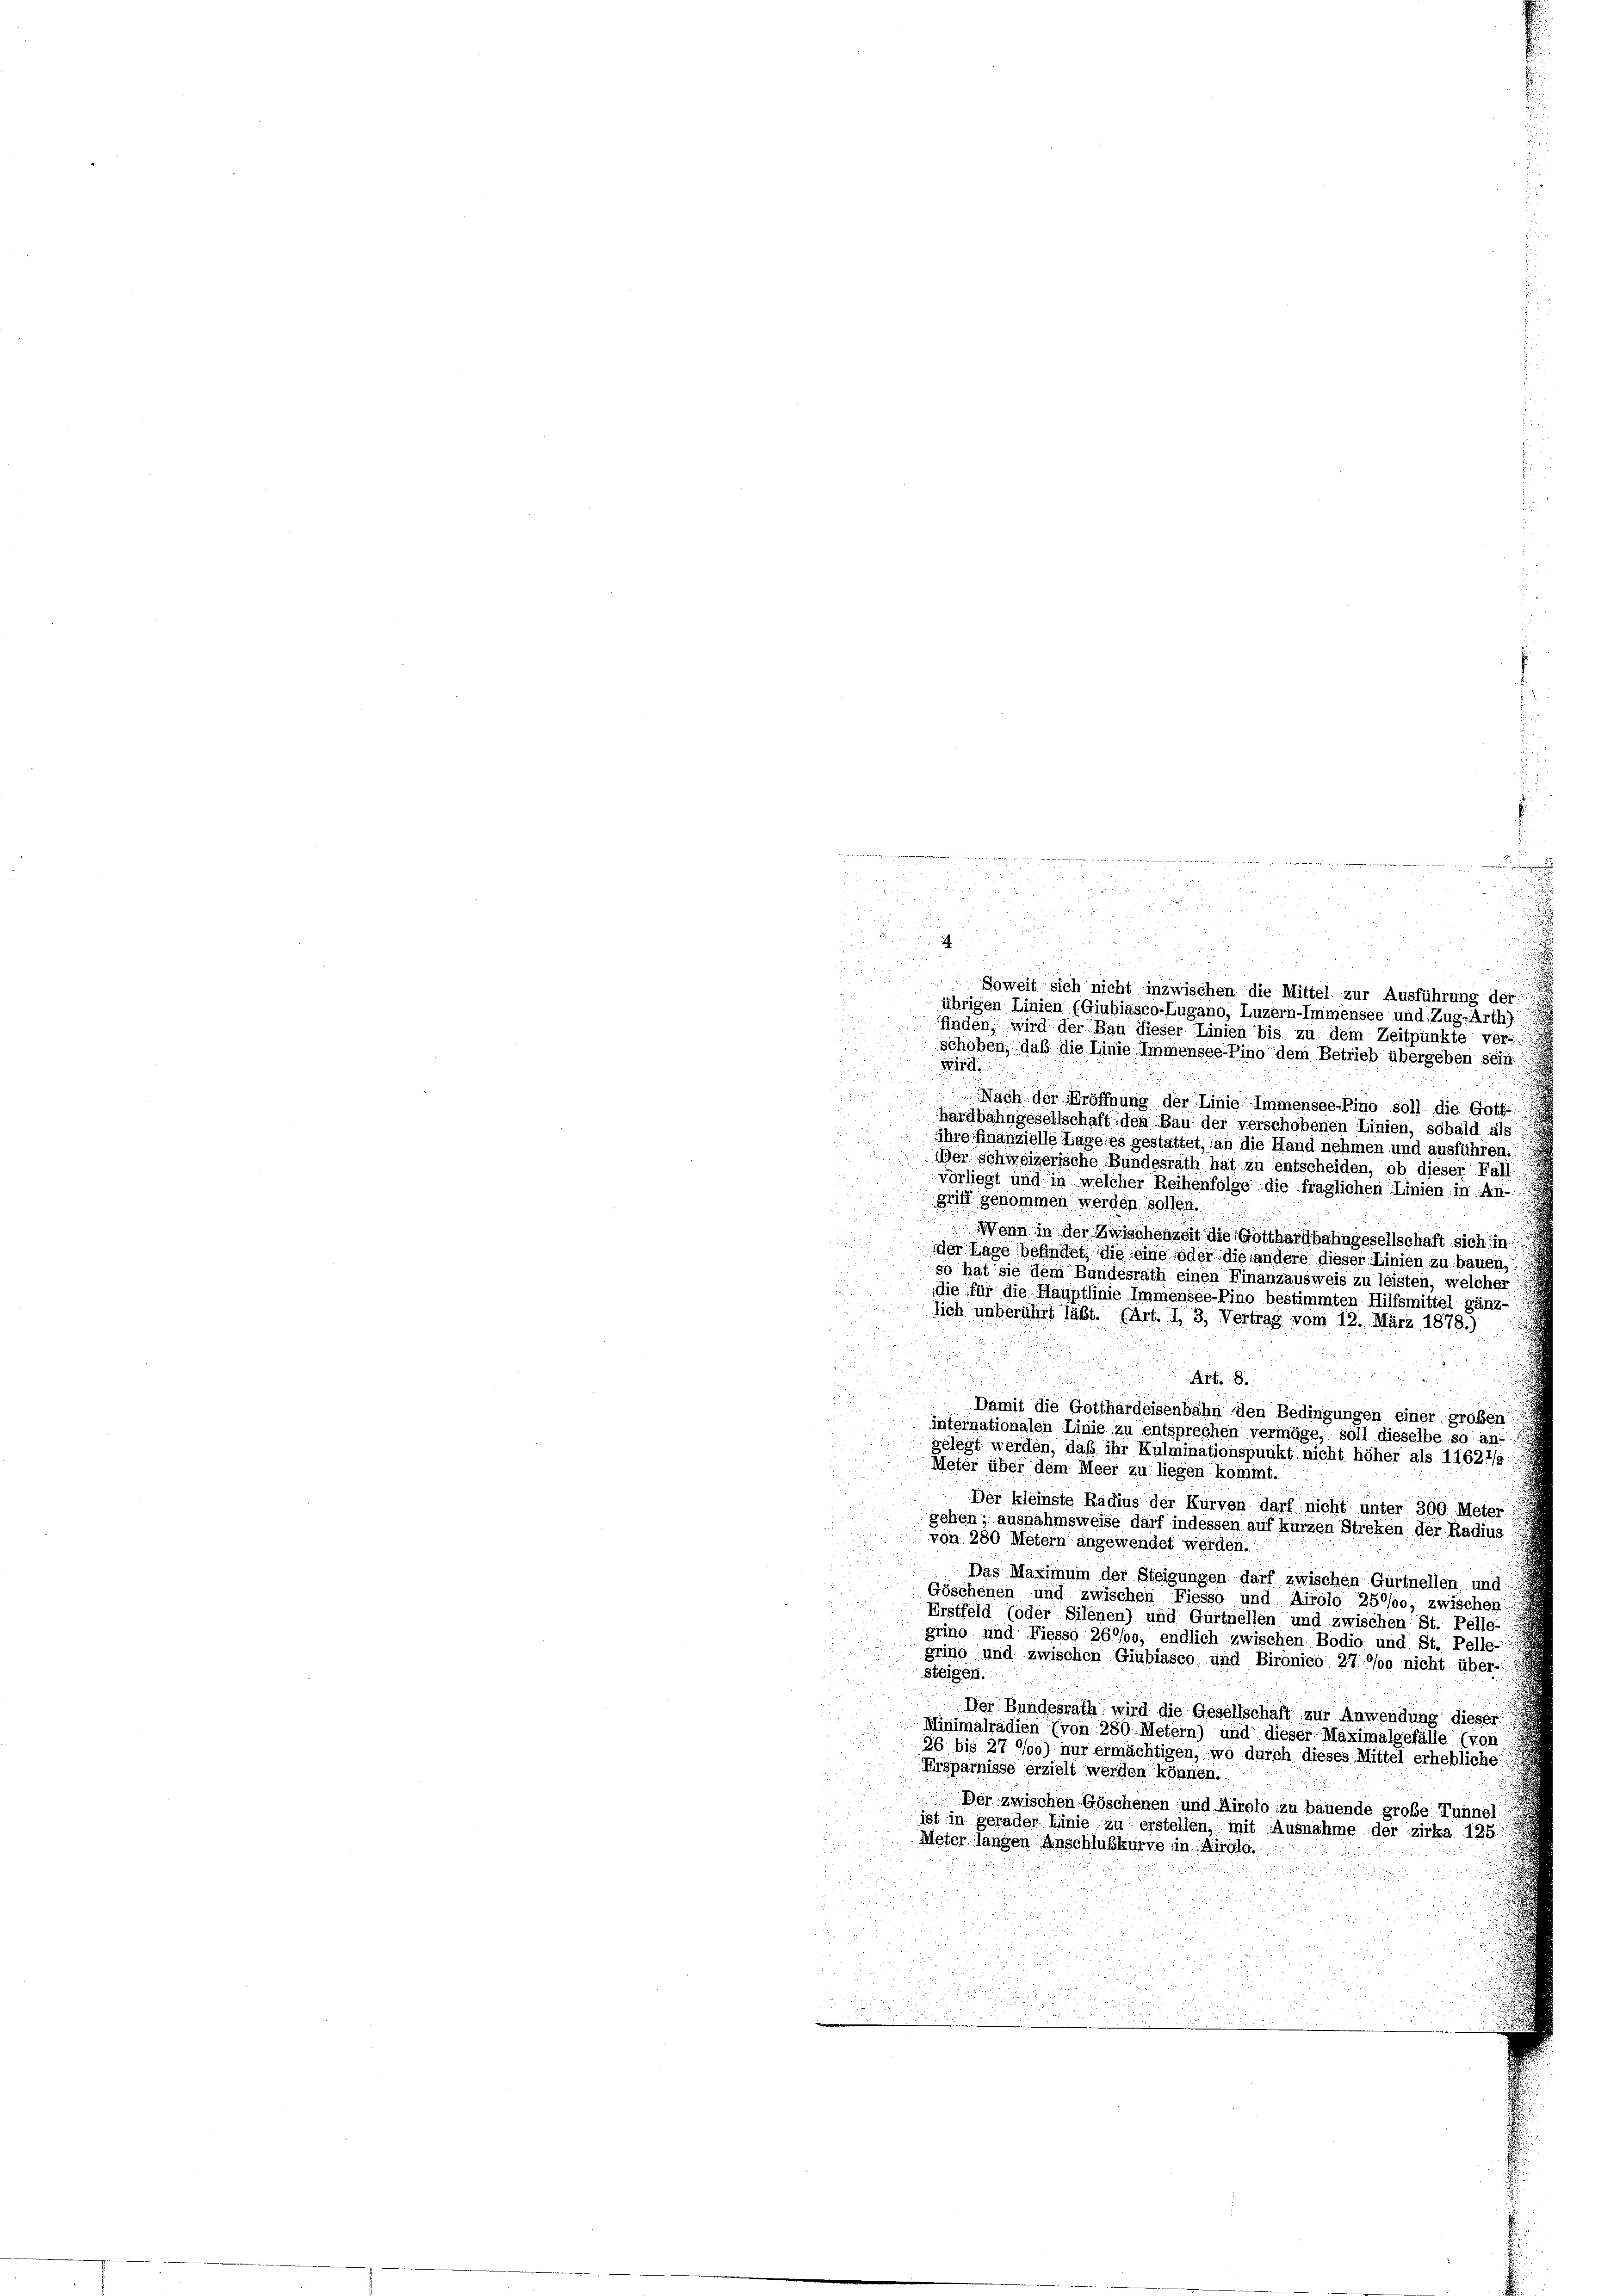
Furch

a

1

.
e
u
.

u
F

e

.
Soweit sich nicht inzwischen die Mittel zur Ausführung der
u
t
übrigen Linien (Giubiasco-Lugano, Luzern-Immensee und Zug-Arth)
finden, wird der Bau dieser Linien bis zu dem Zeitpunkte ver-
schoben, daß die Linie Immensee–Pino dem Betrieb übergeben sein.
wird
Nach der Eröffnung der Linie Immensocino soll die Gott
hardbahngesellschaft den Bau der verschobenen Linien, sobald als
2
ihre finanzielle Tage es gestattet, an die Hand nehmen und ausführen.
Der schweizerische Bundesrath hat zu entscheiden, ob dieser Fall
vorliegt und in welcher Reihenfolge die fraglichen Linien in An-
griff genommen werden sollen.
Wann in der Zwischenzeit die Gotthardbahngesellschaft sich in
der Lage befindet, die eine oder die andere dieser Linien zu bauen,
so hat sie dem Bundesrath einen Finanzausweis zu leisten, welcher
die für die Hauptlinie Immensee-Pino bestimmten Hilfsmittel gänz-
lich unberuhit läßt. (Art. I. 3, Vertrag vom 12. März 1878.)
Art. 8.
Damit die Gotthardeisenbahn den Bedingungen einer großen
internationalen Linie zu entsprechen vermöge, soll dieselbe so an-
gelegt werden, daß ihr Kulminationspunkt nicht höher als 11621/
Meter über dem Meer zu liegen kommt.
Der kleinste Radius der Kurven darf nicht unter 300. Meter
gehen; ausnahmsweise darf indessen auf kurzen Streken der Radius
von 280 Metern angewendet werden.
Das Maximum der Steigungen darf zwischen Gurtnellen und
Göschenen und zwischen Fiesso und Airolo 2500, zwischen
Erstfeld oder Silenen) und Gurtuellen und zwischen: St. Pelle
grino und Fiesso 260/00; endlich zwischen Bodio und St. Pelle-
grino und zwischen Giubiasco und Bironico 27/og nicht über-
steigen.
Der Bundesrath wird die Gesellschaft zur Anwendung dieser
Minimalradien (von 280 Metern) und dieser Maximalgefälle (von
26 bis 27 0/00) nur ermächtigen, wo durch dieses Mittel erhebliche
Ersparnisse erzielt werden können.
Der zwischen Göschenen und Hirolo zu bauende große Tunnel
ist in gerader Linie zu erstellen, mit Ausnahme der zirka 125.
Meter langen Anschlusskurve in Airolg.